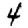
Digit: 4